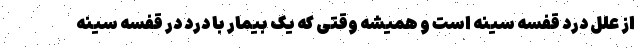
از علل درد قفسه سینه است و همیشه وقتی که یک بیمار با درد در قفسه سینه